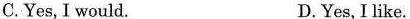
C.Yes,I would. D.Yes,I like.